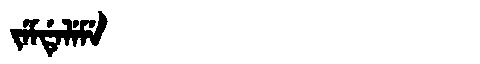
Manchu: ᠵᡝᠮᡩᡝᠯᡝᠮᡝ
Romanization: JEMDELEME